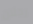
رجلان